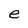
Character: e